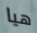
هيا